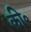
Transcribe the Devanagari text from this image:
की॰